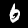
Label: 6